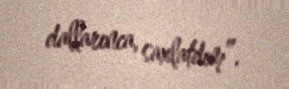
dallarınca, saxlatdım”.